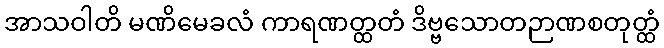
အာသဝါတိ မဏိမေခလံ ကာရဏတ္ထတံ ဒိဗ္ဗသောတဉာဏစတုတ္ထံ